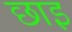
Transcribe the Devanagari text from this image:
छाइ